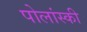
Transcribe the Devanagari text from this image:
पोलांस्की